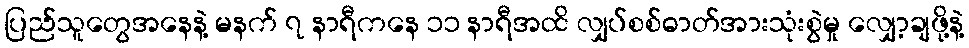
ပြည်သူတွေအနေနဲ့ မနက် ၇ နာရီကနေ ၁၁ နာရီအထိ လျှပ်စစ်ဓာတ်အားသုံးစွဲမှု လျှော့ချဖို့နဲ့